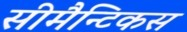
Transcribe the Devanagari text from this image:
सीमैन्टिकस